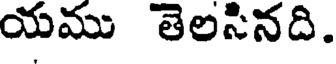
యము తెలసినది.